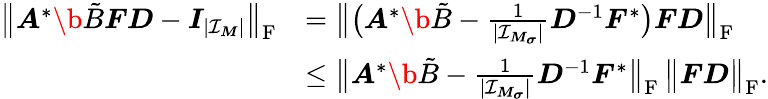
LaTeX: \begin{array}{rl}{\big\| \boldsymbol A^{*}\b{\tilde{B}}\boldsymbol F\boldsymbol D-\boldsymbol I_{|\mathcal I_{\boldsymbol M}|}\big\| _{\mathrm F}}&{=\big\| \big(\boldsymbol A^{*}\b{\tilde{B}}-\frac{1}{|\mathcal I_{\boldsymbol M_{\boldsymbol\sigma}}|}\boldsymbol D^{-1}\boldsymbol F^{*}\big)\boldsymbol F\boldsymbol D\big\| _{\mathrm F}}\\ &{\leq\big\| \boldsymbol A^{*}\b{\tilde{B}}-\frac{1}{|\mathcal I_{\boldsymbol M_{\boldsymbol\sigma}}|}\boldsymbol D^{-1}\boldsymbol F^{*}\big\| _{\mathrm F}\, \big\| \boldsymbol F\boldsymbol D\big\| _{\mathrm F}.}\end{array}